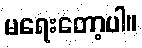
မရေးတော့ပါ။